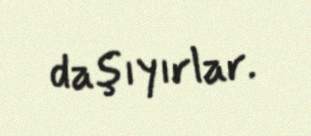
daşıyırlar.